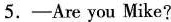
5. —Are you Mike?